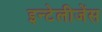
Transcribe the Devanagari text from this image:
इन्टेलीजेंस